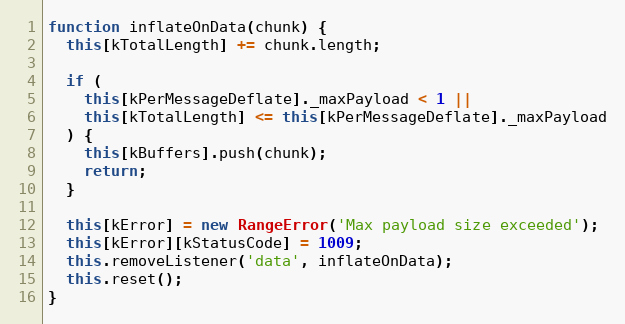
Language: JavaScript
function inflateOnData(chunk) {
  this[kTotalLength] += chunk.length;

  if (
    this[kPerMessageDeflate]._maxPayload < 1 ||
    this[kTotalLength] <= this[kPerMessageDeflate]._maxPayload
  ) {
    this[kBuffers].push(chunk);
    return;
  }

  this[kError] = new RangeError('Max payload size exceeded');
  this[kError][kStatusCode] = 1009;
  this.removeListener('data', inflateOnData);
  this.reset();
}